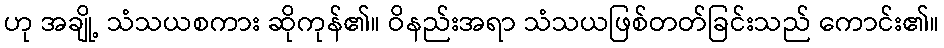
ဟု အချို့ သံသယစကား ဆိုကုန်၏။ ဝိနည်းအရာ သံသယဖြစ်တတ်ခြင်းသည် ကောင်း၏။